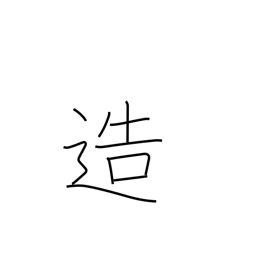
Meaning: create